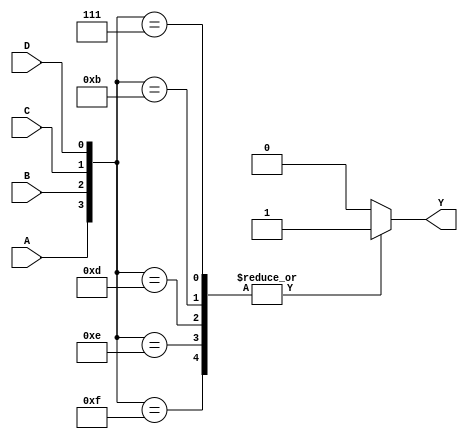
module majority4(Y, A, B, C, D);
	input A, B, C, D;
	output Y;
	reg Y;
	
	always @(A or B or C or D) begin
		case ({A, B, C, D})
			7, 11, 13, 14, 15: Y = 1;
			default: Y = 0;
		endcase
	end
endmodule